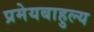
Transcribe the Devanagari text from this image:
प्रमेयबाहुल्य